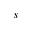
s